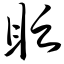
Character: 眨